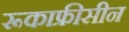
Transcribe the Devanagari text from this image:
रूकाफ्रीसीन